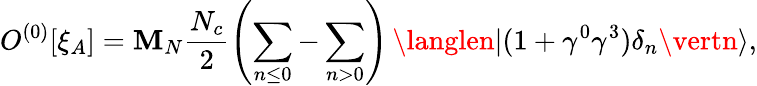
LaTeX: O^{(0)}[\xi_{A}]=\mathbf{M}_{N}\frac{{N_{c}}}{{2}}\left(\sum_{n\leq0}-\sum_{n>0}\right)\, \langlen\vert(1+\gamma^{0}\gamma^{3})\delta_{n}\vertn\rangle,